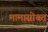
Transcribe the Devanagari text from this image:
मामासोबत